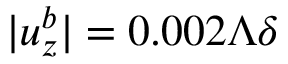
| u _ { z } ^ { b } | = 0 . 0 0 2 \Lambda \delta